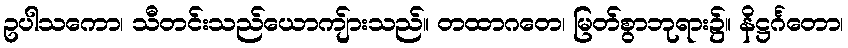
ဥပါသကော၊ သီတင်းသည်ယောကျ်ားသည်။ တထာဂတေ၊ မြတ်စွာဘုရား၌။ နိဋ္ဌင်္ဂတော၊